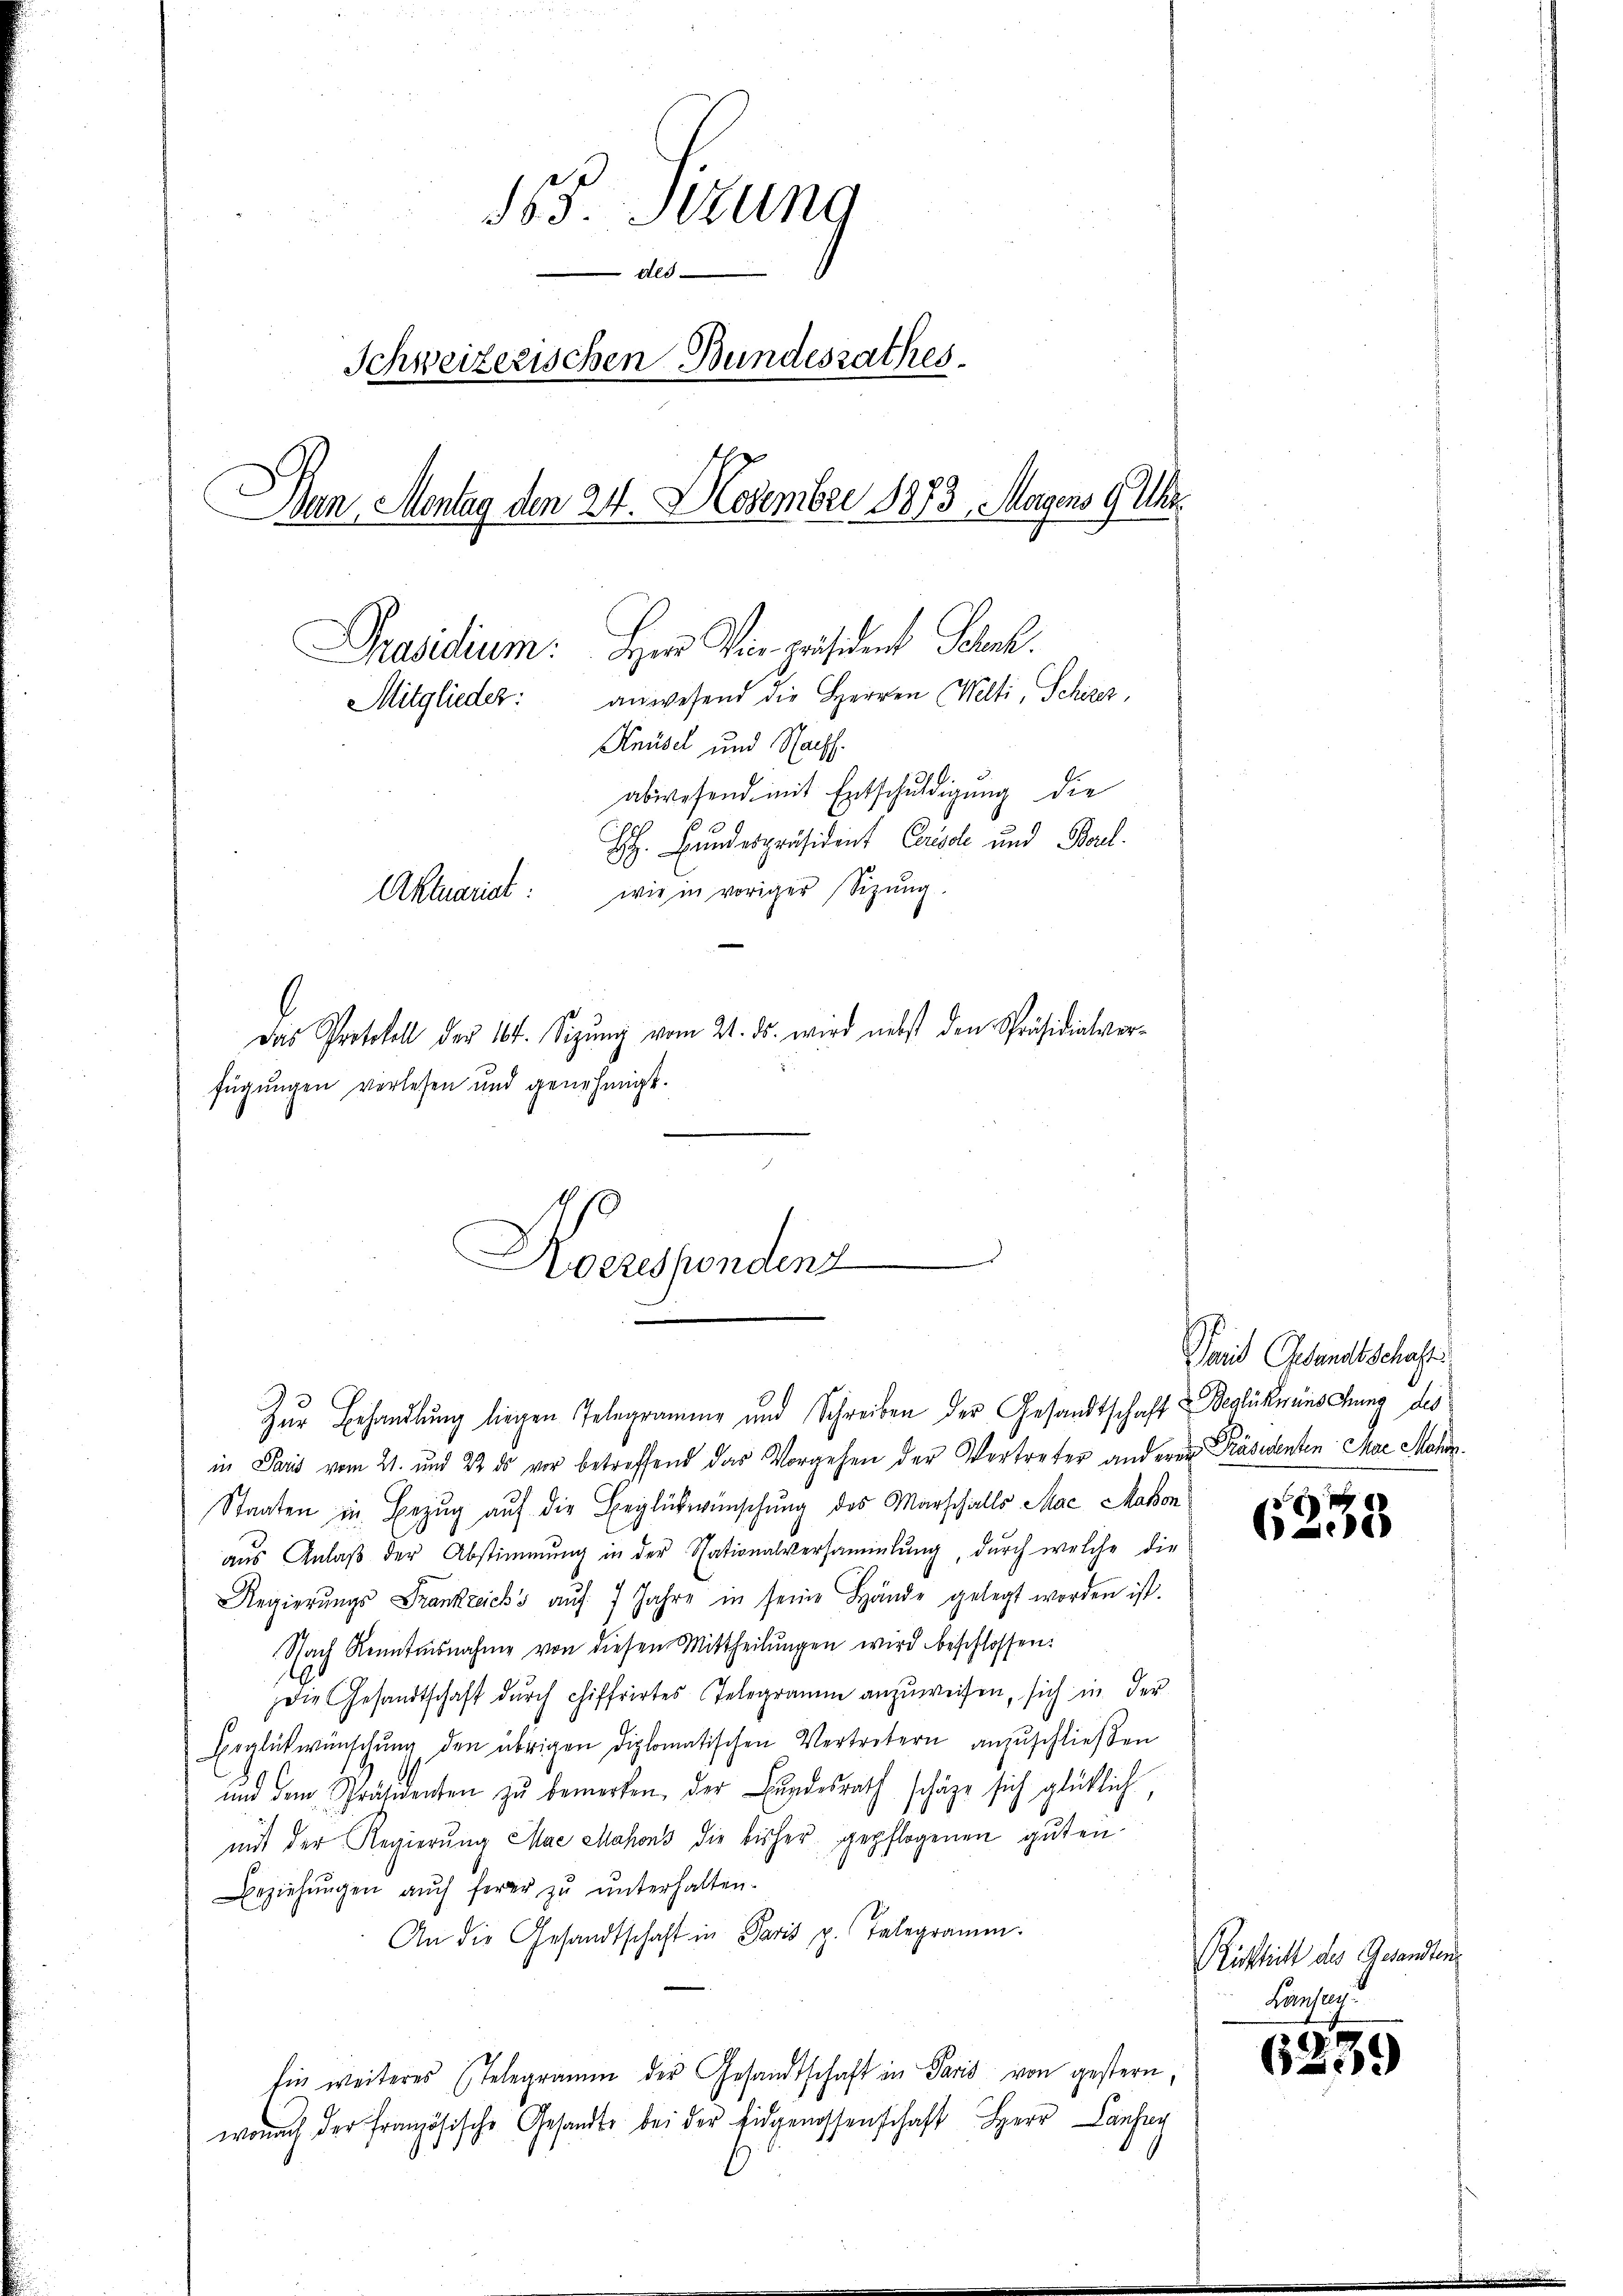
565. Setzung
Als-
Schweizerischen Bundesrathes
Dan, Montag den 24. November 1873. Magens 9 Uhr.
Präsidium. Herr Vicepräsident Schok
Mitglieder: anwesend die Herren Welti, Schirer,
Knüsel und Nachf
abwesend mit Entschuldigung die
H. Bundespräsident Carisse und Boul.
wie in voriger Sitzŭng.
Aktuariat
Das Protokoll der 10t. Sizŭng vom 21. ds. wird nebst den Präsidialverfügungen verlesen und genehmigt.

n
Nocresendenz

Zur Behandlung liegen Telegramme und Schreiben der Gesandtschaft Beglückwünschung des
in Paris vom 21. und 22. ds vor betreffend das Vorgehen der Vertreter anderen Präsidenten Mar Mahn
Staaten in Bezug auf die Beglückwünschung des Marschalls Mac Makon
aus Anlaβ der Abstimmung in der Nationalversammlung, durch welche die
Regierŭngs Frankreich's aŭf 7 Jahre in seine Hände gelegt worden ist.
Nach Renntnisnahme von diesen Mittheilŭngen wird beschlossen:
Die Gesandtschaft durch chiffrirtes Telegramm anzuweisen, sich in der
Erglückwünschung den übrigen diplomatischen Vertretern anzuschließen
und dem Präsidenten zu bemerken, der Fundesrath schäze sich glücklich,
mit der Regierŭng Mae Mahons die bisher gepflogenen guten
Beziehungen auch herer zu unterhalten.
An die Gesandtschaft in Paris p. Telegramm.
fin weiteres Telegramm der Gesandtschaft in Paris von gestern,
wonach der französische Gesandte bei der Eidgenossenschaft Herr Can
19

Paris Gesandtschafts

3
e

Rücksicht des Gesandten
Losung.

6239)